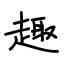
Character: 趣